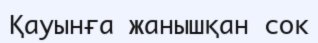
Қауынға жанышқан сок